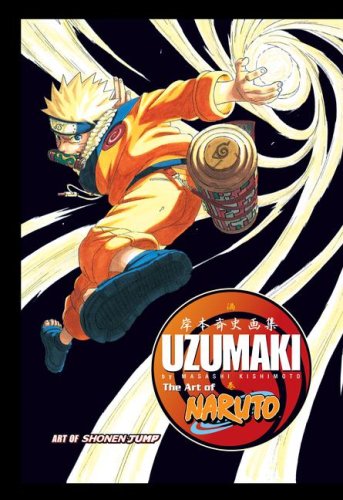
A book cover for The Art of Naruto: Uzumaki; Masashi Kishimoto; Teen & Young Adult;